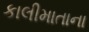
કાલીમાતાના